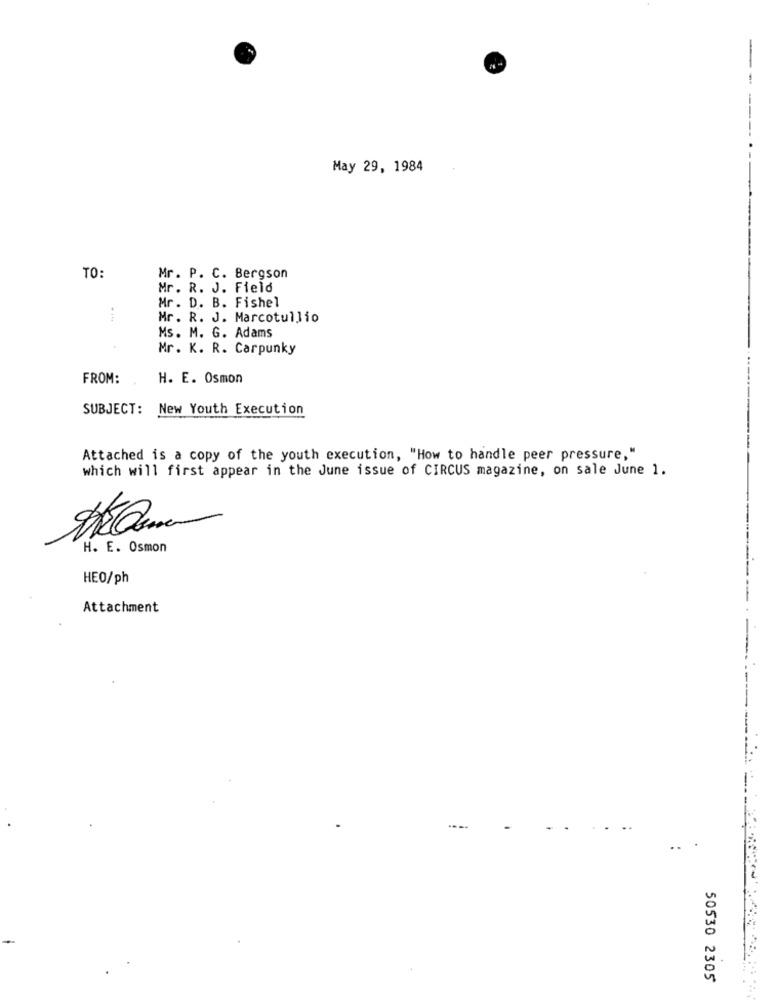
-
May 29, 1984
TO:
Mr. P. C. Bergson
Mr. R. J. Field
Mr. D. B. Fishel
-...
Mr. R. J. Marcotullio
Ms. M. G. Adams
.
Mr. K. R. Carpunky
...
FROM:
H. E. Osmon
SUBJECT: New Youth Execution
Attached is a copy of the youth execution, "How to handle peer pressure,"
which will first appear in the June issue of CIRCUS magazine, on sale June 1.
H. E. Osmon
HEO/ph
Attachment
50530 2305